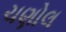
ચણોલ